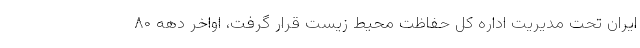
ایران تحت مدیریت اداره کل حفاظت محیط زیست قرار گرفت، اواخر دهه ۸۰